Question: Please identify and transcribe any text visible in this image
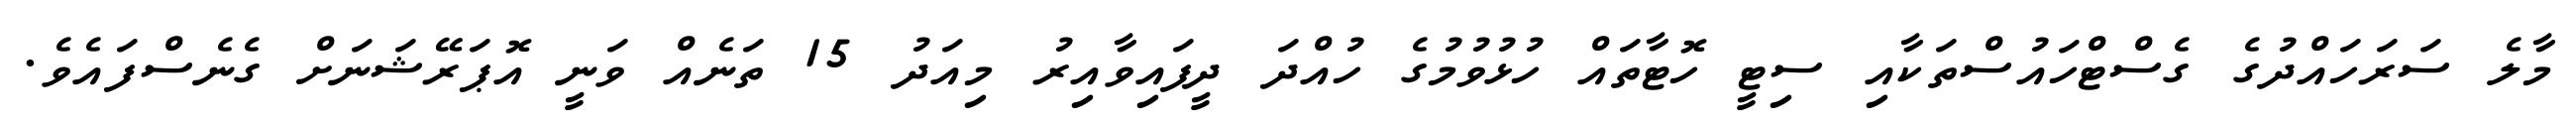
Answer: މާލެ ސަރަހައްދުގެ ގެސްޓްހައުސްތަކާއި ސިޓީ ހޮޓާތައް ހުޅުވުމުގެ ހުއްދަ ދީފައިވާއިރު މިއަދު 15 ތަނެއް ވަނީ އޮޕަރޭޝަނަށް ގެނެސްފައެވެ.